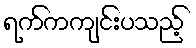
ရက်ကကျင်းပသည့်